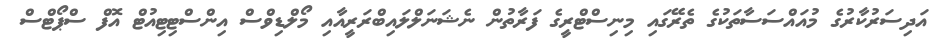
އަދިސަރުކާރުގެ މުއައްސަސާތަކުގެ ތެރޭގައި މިނިސްޓްރީގެ ފަރާތުން ނެޝަނަލްލައިބްރަރީއާއި މޯލްޑިވްސް އިންސްޓިޓިއުޓް އޮފް ސްޕޯޓްސް